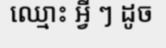
ឈ្មោះ អ្វី ៗ ដូច